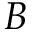
B